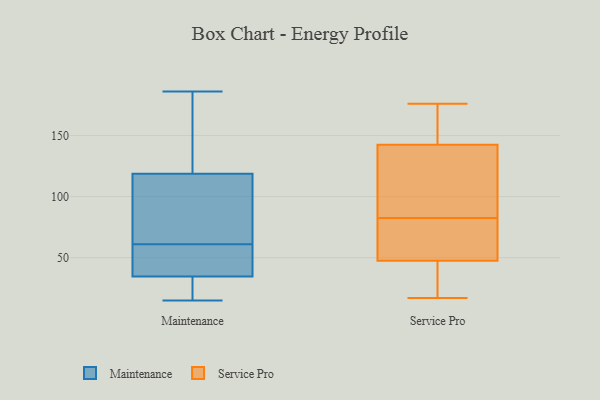
{"axis": {"x": "Market Share (%)", "y": "Value"}, "legend": ["Maintenance", "Service Pro"], "data": [{"x": "", "y": 15, "type": "Maintenance"}, {"x": "", "y": 61, "type": "Maintenance"}, {"x": "", "y": 40, "type": "Maintenance"}, {"x": "", "y": 72, "type": "Maintenance"}, {"x": "", "y": 56, "type": "Maintenance"}, {"x": "", "y": 17, "type": "Maintenance"}, {"x": "", "y": 108, "type": "Maintenance"}, {"x": "", "y": 186, "type": "Maintenance"}, {"x": "", "y": 99, "type": "Maintenance"}, {"x": "", "y": 151, "type": "Maintenance"}, {"x": "", "y": 18, "type": "Maintenance"}, {"x": "", "y": 158, "type": "Maintenance"}, {"x": "", "y": 58, "type": "Maintenance"}, {"x": "", "y": 46, "type": "Service Pro"}, {"x": "", "y": 169, "type": "Service Pro"}, {"x": "", "y": 60, "type": "Service Pro"}, {"x": "", "y": 176, "type": "Service Pro"}, {"x": "", "y": 108, "type": "Service Pro"}, {"x": "", "y": 17, "type": "Service Pro"}, {"x": "", "y": 79, "type": "Service Pro"}, {"x": "", "y": 145, "type": "Service Pro"}, {"x": "", "y": 49, "type": "Service Pro"}, {"x": "", "y": 23, "type": "Service Pro"}, {"x": "", "y": 86, "type": "Service Pro"}, {"x": "", "y": 140, "type": "Service Pro"}]}